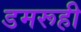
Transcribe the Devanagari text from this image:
डमरूही